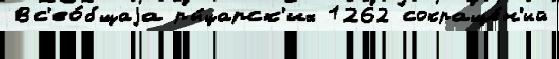
Вс'ео́бщаjа ры́царск'их 1262 сокраще́н'ий